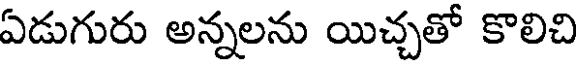
ఏడుగురు అన్నలను యిచ్చతో కొలిచి